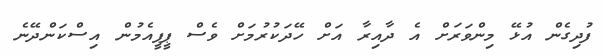
ފުދިގެން އުޅޭ މިންވަރަށް އެ ދާއިރާ އަށް ހޭދަކުރުމަށް ވެސް ޕީޕީއެމުން އިސްކަންދޭނެ